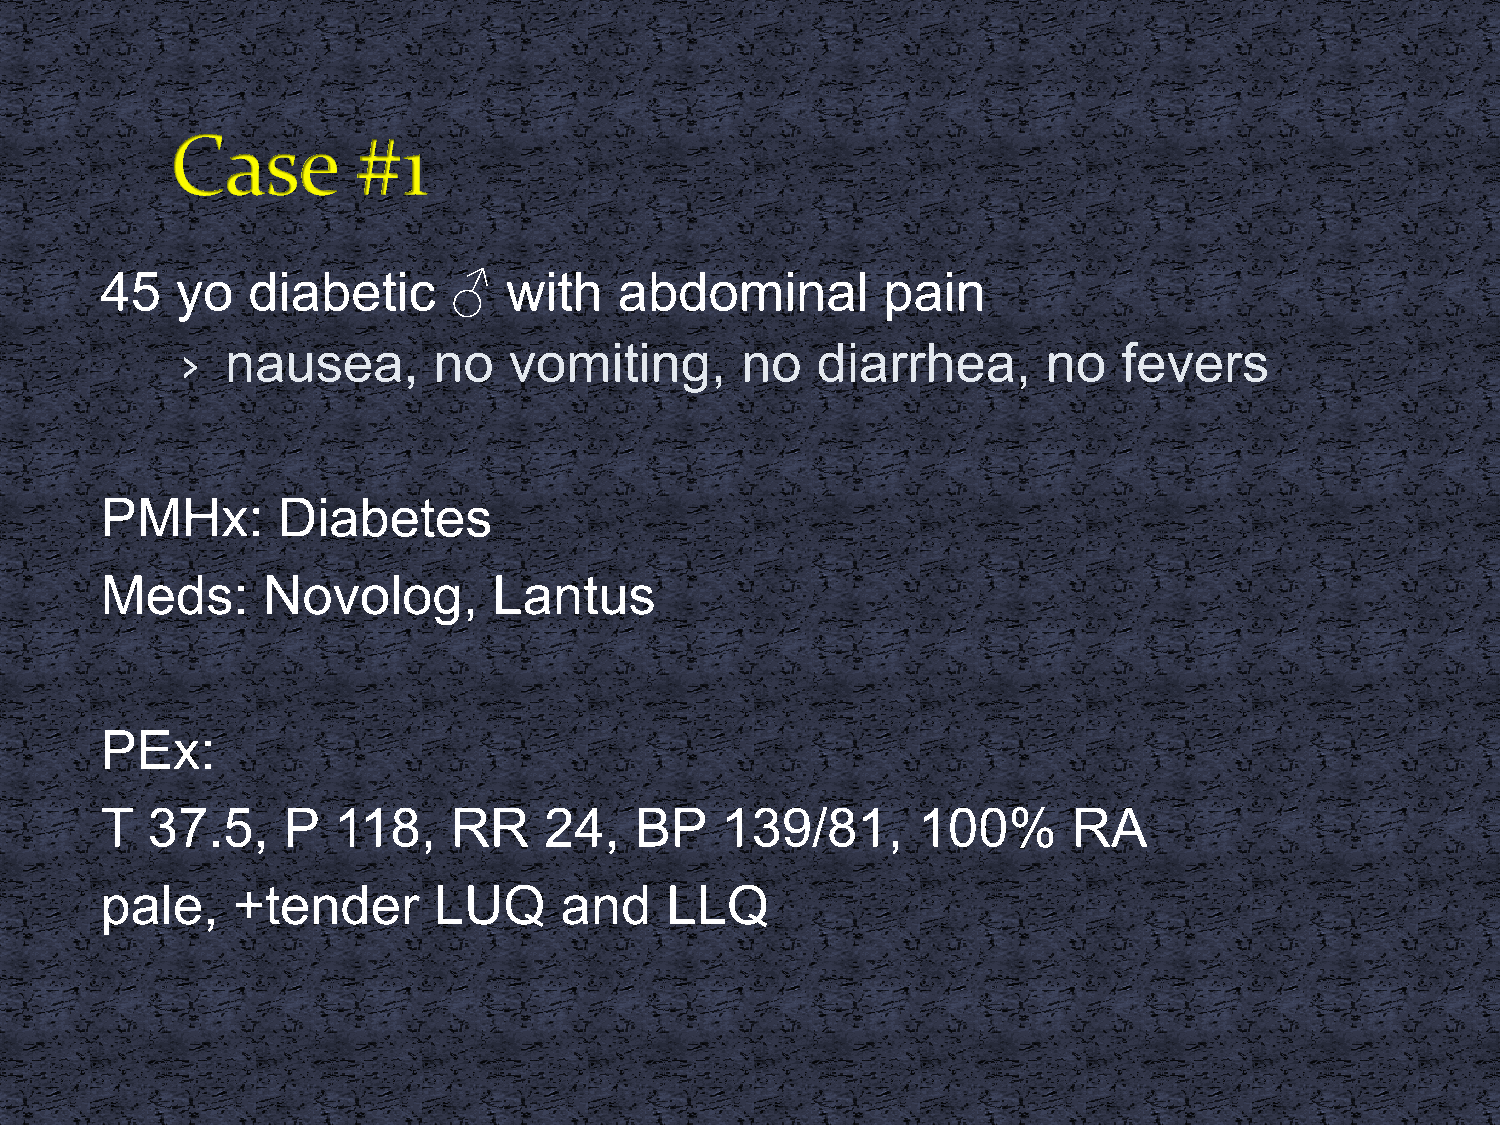
45   yo  diabetic      ♂   with   abdominal        pain
 ›  nausea,       no   vomiting,      no   diarrhea,      no   fevers
 PMHx:      Diabetes
 Meds:     Novolog,        Lantus
 PEx:
 T  37.5,    P  118,    RR    24,   BP    139/81,      100%      RA
 pale,   +tender       LUQ     and    LLQ